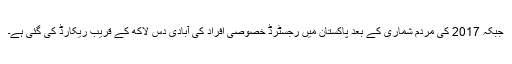
جبکہ 2017 کی مردم شماری کے بعد پاکستان میں رجسٹرڈ خصوصی افراد کی آبادی دس لاکھ کے قریب ریکارڈ کی گئی ہے۔